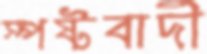
স্পষ্টবাদী